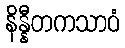
နိန္နီတကသာဝံ